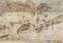
الأراضي